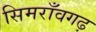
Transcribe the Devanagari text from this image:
सिमराँवगढ़